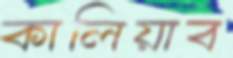
কালিয়াব